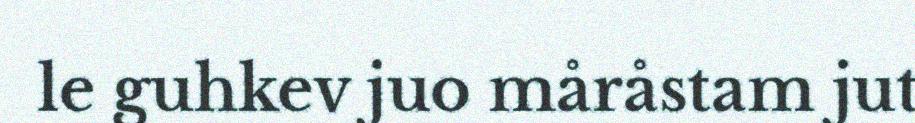
le guhkev juo måråstam jut